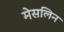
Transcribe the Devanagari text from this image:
मेसलिन